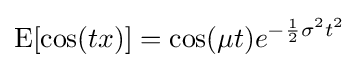
\operatorname {E} [\cos(tx)]=\cos(\mu t)e^{-{\frac {1}{2}}\sigma ^{2}t^{2}}